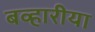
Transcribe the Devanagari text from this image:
बव्हारीया